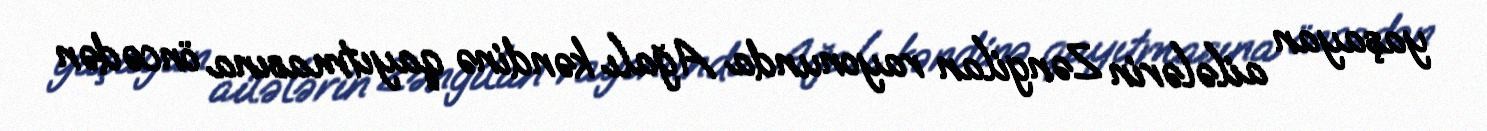
yaşayan ailələrin Zəngilan rayonunda Ağalı kəndinə qayıtmasına öncədən